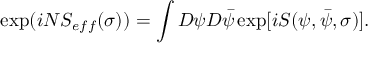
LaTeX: \exp ( i N S _ { e f f } ( \sigma ) ) = \int D \psi D \bar { \psi } \exp [ i S ( \psi , \bar { \psi } , \sigma ) ] .